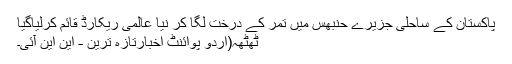
پاکستان کے ساحلی جزیرے حنبھس میں تمر کے درخت لگا کر نیا عالمی ریکارڈ قائم کرلیاگیا
ٹھٹھہ(اُردو پوائنٹ اخبارتازہ ترین - این این آئی۔